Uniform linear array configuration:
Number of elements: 16
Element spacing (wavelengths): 0.25
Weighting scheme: hamming
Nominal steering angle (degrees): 0
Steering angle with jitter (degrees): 1.825
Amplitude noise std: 0.05
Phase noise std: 0.05

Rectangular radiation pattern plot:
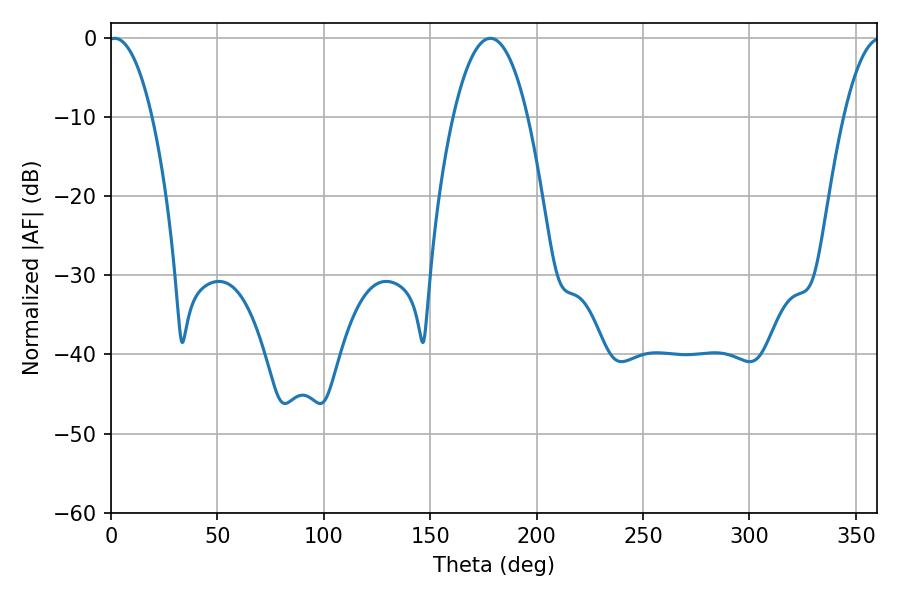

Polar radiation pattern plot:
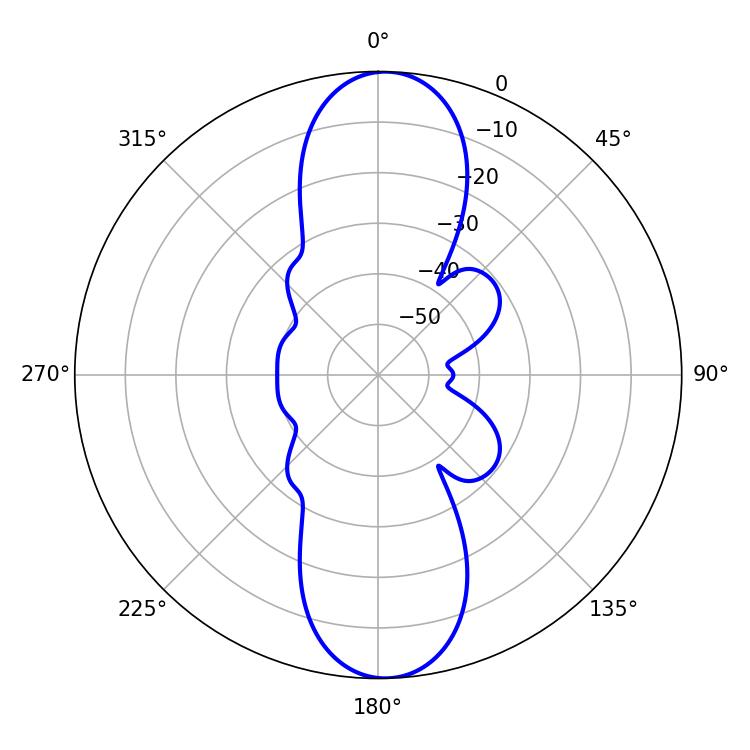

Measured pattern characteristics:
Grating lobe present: FALSE
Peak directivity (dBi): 19.634
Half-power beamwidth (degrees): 11.52
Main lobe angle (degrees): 1.8